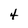
Character: 4